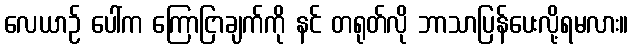
လေယာဉ် ပေါ်က ကြောငြာချက်ကို နင် တရုတ်လို ဘာသာပြန်ပေးလို့ရမလား။